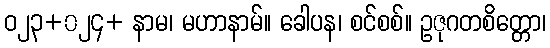
ဝ၂၃+၀၂၄+ နာမ၊ မဟာနာမ်။ ခေါပန၊ စင်စစ်။ ဥဇုဂတစိတ္တော၊